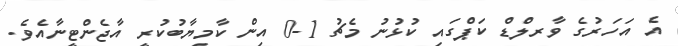
އެ އަހަރުގެ ވާރލްޑް ކަޕްގައި ކުޅުނު މެޗު 1-0 އިން ކާމިޔާބުކުރީ އާޖެންޓީނާއެވެ.